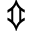
\Updownarrow